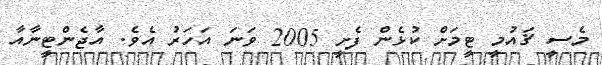
މެސީ ޤައުމީ ޓީމަށް ކުޅެން ފެށީ 2005 ވަނަ އަހަރު އެވެ. އާޖެންޓީނާއާ